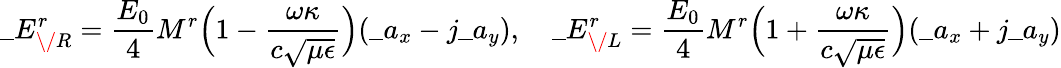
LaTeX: \_ E_{\/ R}^{r}={\frac{E_{0}}{4}}M^{r}\Big(1-{\frac{\omega\kappa}{c\sqrt{\mu\epsilon}}}\Big)(\_ a_{x}-j\_ a_{y}),\quad\_ E_{\/ L}^{r}={\frac{E_{0}}{4}}M^{r}\Big(1+{\frac{\omega\kappa}{c\sqrt{\mu\epsilon}}}\Big)(\_ a_{x}+j\_ a_{y})